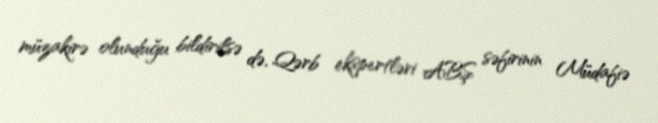
müzakirə olunduğu bildirilsə də, Qərb ekspertləri ABŞ səfirinin Müdafiə